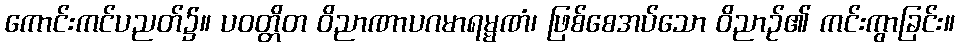
ကောင်းကင်ပညတ်၌။ ပဝတ္တိတ ဝိညာဏာပဂမာရမ္မဏံ၊ ဖြစ်စေအပ်သော ဝိညာဉ်၏ ကင်းကွာခြင်း။